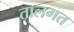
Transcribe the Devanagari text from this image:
तालगत